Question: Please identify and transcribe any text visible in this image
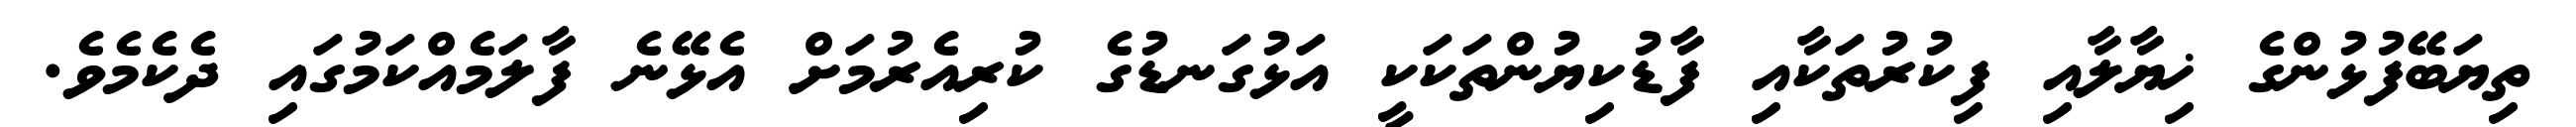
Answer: ތިޔަބޭފުޅުންގެ ޚިޔާލާއި ފިކުރުތަކާއި ފާޑުކިޔުންތަކަކީ އަޅުގަނޑުގެ ކުރިއެރުމަށް އެޅޭނެ ފާލަމެއްކަމުގައި ދެކެމެވެ.